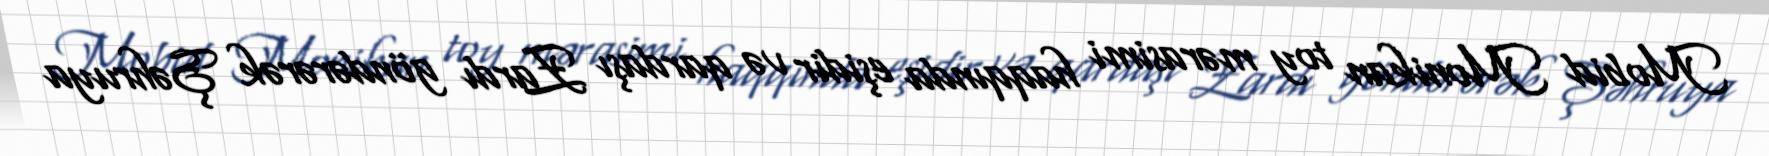
Mobid Monikan toy mərasimi haqqında eşidir və qardaşı Zardı göndərərək Şəhruya